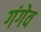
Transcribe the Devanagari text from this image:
गंगेव